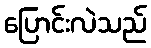
ပြောင်းလဲသည်